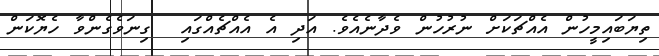
ތިޔަބައިމީހުން އެއްޗަކަށް ނުރުހުން ވެދާނެއެވެ. އަދި އެ އެއްޗެއްގައި  ގިނަވެގެންވާ ހެޔޮކަން